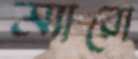
ম্যারো